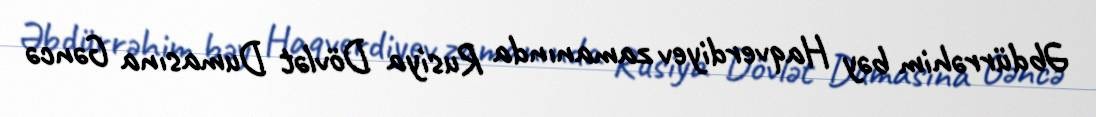
Əbdürrəhim bəy Haqverdiyev zamanında Rusiya Dövlət Dumasına Gəncə